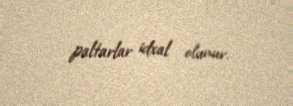
paltarlar idxal olunur.